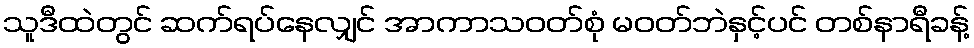
သူဒီထဲတွင် ဆက်ရပ်နေလျှင် အာကာသဝတ်စုံ မဝတ်ဘဲနှင့်ပင် တစ်နာရီခန့်